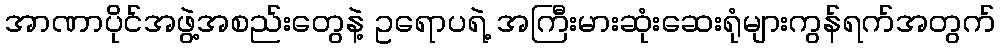
အာဏာပိုင်အဖွဲ့အစည်းတွေနဲ့ ဥရောပရဲ့ အကြီးမားဆုံးဆေးရုံများကွန်ရက်အတွက်